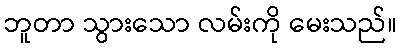
ဘူတာ သွားသော လမ်းကို မေးသည်။